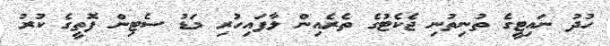
ހުދު ނައިޓީގެ ތުނިތުނި ޖެކެޓުގެ ތެރެއިން ލާފައިހުރި މަޑު ސެޓިން ފޮތީގެ ކުރު